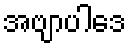
အဗျာပါဒေ